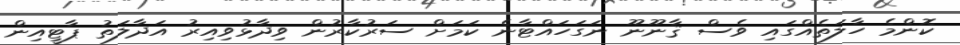
ކޮންމެ ހާލަތެއްގައި ވެސް ޤާނޫނޫ ނަގަހައްޓާނެ ކަމަށް ސަރުކާރުން ވިދާޅުވިއިރު އަދާލަތު ޕާޓީއިން